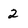
Character: 2